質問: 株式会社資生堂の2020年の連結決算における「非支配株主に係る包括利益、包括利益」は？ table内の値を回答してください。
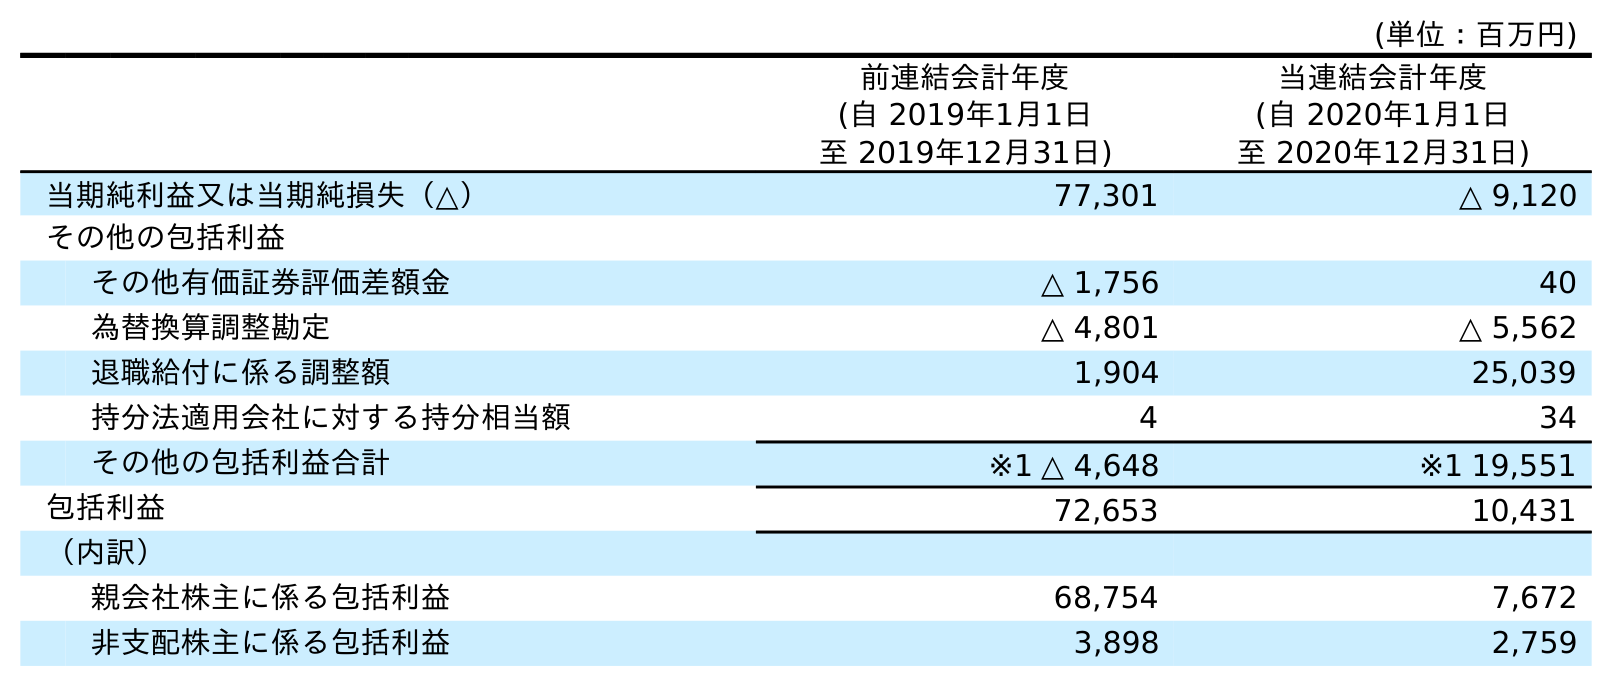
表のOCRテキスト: (単位：百万円) 前連結会計年度 (自 2019年1月1日 至 2019年12月31日) 当連結会計年度 (自 2020年1月1日 至 2020年12月31日) 当期純利益又は当期純損失（△） 77,301 △ 9,120 その他の包括利益 その他有価証券評価差額金 △ 1,756 40 為替換算調整勘定 △ 4,801 △ 5,562 退職給付に係る調整額 1,904 25,039 持分法適用会社に対する持分相当額 4 34 その他の包括利益合計 ※1 △ 4,648 ※1 19,551 包括利益 72,653 10,431 （内訳） 親会社株主に係る包括利益 68,754 7,672 非支配株主に係る包括利益 3,898 2,759
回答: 2,759